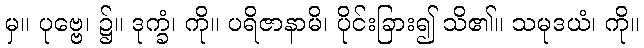
မှ။ ပုဗ္ဗေ၊ ၌။ ဒုက္ခံ၊ ကို။ ပရိဇာနာမိ၊ ပိုင်းခြား၍ သိ၏။ သမုဒယံ၊ ကို။